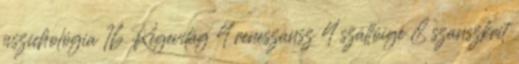
pszichológia 16 Regevilág 4 reneszánsz 4 szállóige 8 szanszkrit